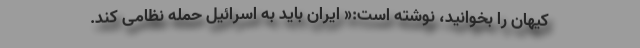
کیهان را بخوانید، نوشته است:« ایران باید به اسرائیل حمله نظامی کند.